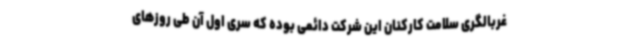
غربالگری سلامت کارکنان این شرکت دائمی بوده که سری اول آن طی روزهای